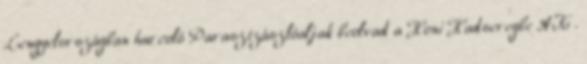
Lengyelországban harcoló Parasztzászlóaljak beolvad a Honi Hadseregbe AK .